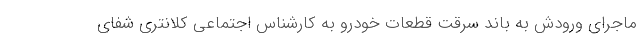
ماجرای ورودش به باند سرقت قطعات خودرو به کارشناس اجتماعی کلانتری شفای